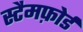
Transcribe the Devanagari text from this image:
स्टैमफ़ोर्ड